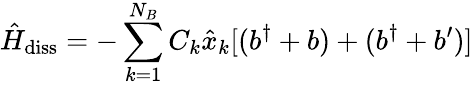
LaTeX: \hat{H}_{\mathrm{diss}}=-\sum_{k=1}^{N_{B}}C_{k}\hat{x}_{k}[(b^{\dagger}+b)+(b^{\dagger}+b^{\prime})]